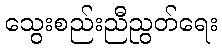
သွေးစည်းညီညွတ်ရေး